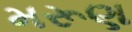
મરૂણ